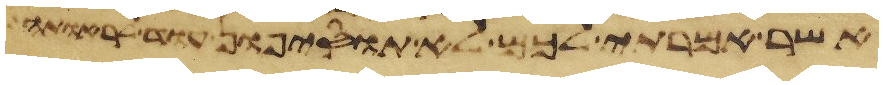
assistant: אשר אמרתי לכם לא תוסיפון עוד לראותה